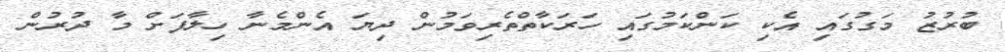
ބުރުޒު މަގުގައި އެކި ކަންކަމުގައި ހަރަކާތްތެރިވަމުން ދިޔަ އެންމެނާ ހިލާފަށް މާ ދުރުން